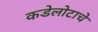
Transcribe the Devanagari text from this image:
कडेलोटाचे